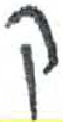
אות: ק